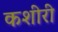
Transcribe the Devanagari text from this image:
कशीरी